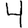
Digit: 4